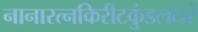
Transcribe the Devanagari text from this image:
नानारत्नकिरीटकुंडलधरं